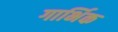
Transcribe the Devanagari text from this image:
गार्भिक